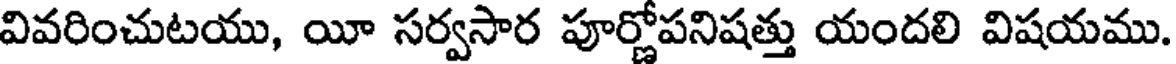
వివరించుటయు, యీ సర్వసార పూర్ణోపనిషత్తు యందలి విషయము.